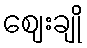
ဈေးချို